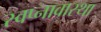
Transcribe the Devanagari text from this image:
स्वप्नावास्था